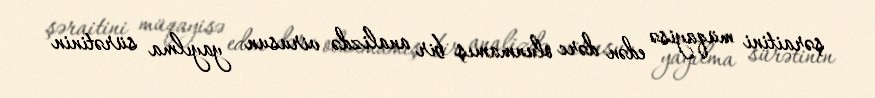
şəraitini müqayisə edən dərc olunmamış bir analizdə virusun yayılma sürətinin